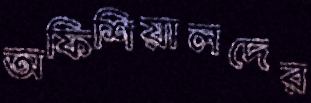
অফিশিয়ালদের